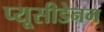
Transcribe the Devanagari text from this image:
प्यूसीडेनम